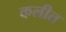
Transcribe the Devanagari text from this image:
कलीत